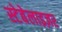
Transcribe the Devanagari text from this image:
स्टेबेलाइज़र